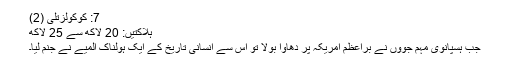
7: کوکولزتلی (2)
ہلاکتیں: 20 لاکھ سے 25 لاکھ
جب ہسپانوی مہم جوؤں نے براعظم امریکہ پر دھاوا بولا تو اس سے انسانی تاریخ کے ایک ہولناک المیے نے جنم لیا۔